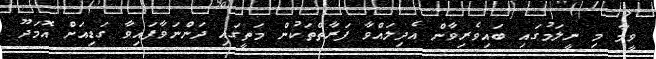
ވީމާ މި ނީލަމުގައި ބައިވެރިވާން އެދިލައްވާ ފަރާތްތަކުން މަތީގައި ދަންނަވާފައިވާ ގަޑިއަށް އޮމަދޫ